Civil Veterinary Department Bengal reports 1923-33 - 1923-1933
Year: 1923
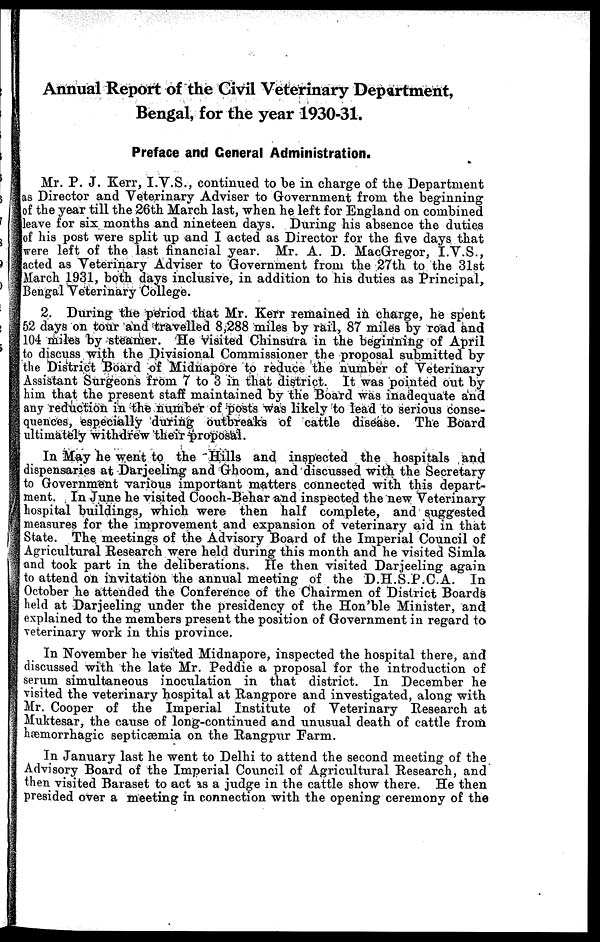
Annual Report of the Civil Veterinary Department,
Bengal, for the year 1930-31.
Preface and General Administration.
Mr. P. J. Kerr, I.V.S., continued to be in charge of the Department
as Director and Veterinary Adviser to Government from the beginning
of the year till the 26th March last, when he left for England on combined
leave for six months and nineteen days. During his absence the duties
of his post were split up and I acted as Director for the five days that
were left of the last financial year. Mr. A. D. MacGregor, I.V.S.,
acted as Veterinary Adviser to Government from the 27th to the 31st
March 1931, both days inclusive, in addition to his duties as Principal,
Bengal Veterinary College.
2. During the period that Mr. Kerr remained in charge, he spent
52 days on tour and travelled 8,288 miles by rail, 87 miles by road and
104 miles by steamer. He visited Chinsura in the beginning of April
to discuss with the Divisional Commissioner the proposal submitted by
the District Board of Midnapore to reduce the number of Veterinary
Assistant Surgeons from 7 to 3 in that district. It was pointed out by
him that the present staff maintained by the Board was inadequate and
any reduction in the number of posts was likely to lead to serious conse-
quences, especially during outbreaks of cattle disease. The Board
ultimately withdrew their proposal.
In May he went to the Hills and inspected the hospitals and
dispensaries at Darjeeling and Ghoom, and discussed with the Secretary
to Government various important matters connected with this depart-
ment. In June he visited Cooch-Behar and inspected the new Veterinary
hospital buildings, which were then half complete, and suggested
measures for the improvement and expansion of veterinary aid in that
State. The meetings of the Advisory Board of the Imperial Council of
Agricultural Research were held during this month and he visited Simla
and took part in the deliberations. He then visited Darjeeling again
to attend on invitation the annual meeting of the D.H.S.P.C.A. In
October he attended the Conference of the Chairmen of District Boards
held at Darjeeling under the presidency of the Hon'ble Minister, and
explained to the members present the position of Government in regard to
veterinary work in this province.
In November he visited Midnapore, inspected the hospital there, and
discussed with the late Mr. Peddie a proposal for the introduction of
serum simultaneous inoculation in that district. In December he
visited the veterinary hospital at Rangpore and investigated, along with
Mr. Cooper of the Imperial Institute of Veterinary Research at
Muktesar, the cause of long-continued and unusual death of cattle from
hæmorrhagic septicæmia on the Rangpur Farm.
In January last he went to Delhi to attend the second meeting of the
Advisory Board of the Imperial Council of Agricultural Research, and
then visited Baraset to act as a judge in the cattle show there. He then
presided over a meeting in connection with the opening ceremony of the